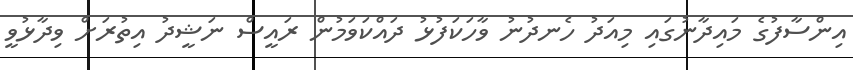
އިންސާފުގެ މައިދާނުގައި މިއަދު ހެނދުނު ވާހަކަފުޅު ދައްކަވަމުން ރައީސް ނަޝީދު އިތުރަށް ވިދާޅުވީ